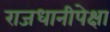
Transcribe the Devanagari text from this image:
राजधानीपेक्षा